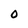
Character: 0